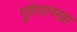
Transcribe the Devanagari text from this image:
गुहेसारखा